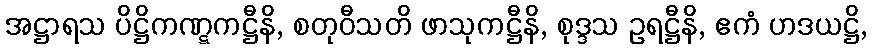
အဋ္ဌာရသ ပိဋ္ဌိကဏ္ဋကဋ္ဌီနိ, စတုဝီသတိ ဖာသုကဋ္ဌီနိ, စုဒ္ဒသ ဥရဋ္ဌီနိ, ဧကံ ဟဒယဋ္ဌိ,